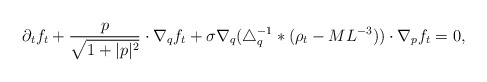
\begin{align*}\partial_t f_t + \frac{p}{\sqrt{1+\lvert p \rvert^2}} \cdot \nabla_q f_t + \sigma \nabla_q(\triangle_q^{-1}\ast (\rho_t-ML^{-3})) \cdot \nabla_p f_t=0, \end{align*}